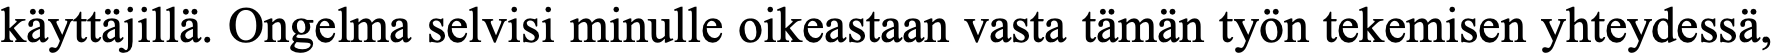
käyttäjillä. Ongelma selvisi minulle oikeastaan vasta tämän työn tekemisen yhteydessä,